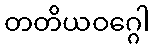
တတိယဝဂ္ဂေါ